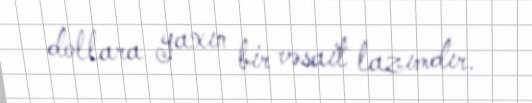
dollara yaxın bir vəsait lazımdır.